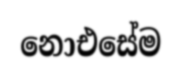
නොඑසේම